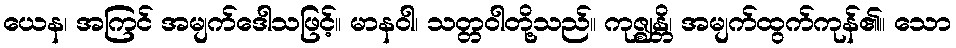
ယေန၊ အကြင် အမျက်ဒေါသဖြင့်။ မာနဝါ၊ သတ္တဝါတို့သည်။ ကုဇ္ဈန္တိ၊ အမျက်ထွက်ကုန်၏။ သော